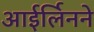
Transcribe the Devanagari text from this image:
आईर्लिनने